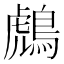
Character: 𪂬